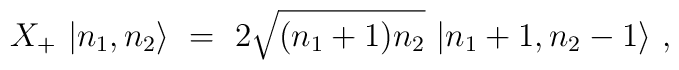
X_+ \ |n_1 ,n_2 \rangle \ = \ 2\sqrt{(n_1 +1) n_2} \ |n_1 +1,n_2 -1\rangle \ ,